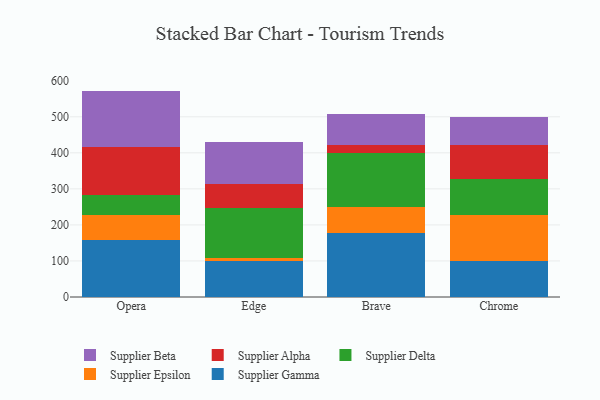
{"axis": {"x": "Browser", "y": "Shipments"}, "legend": ["Supplier Alpha", "Supplier Beta", "Supplier Delta", "Supplier Epsilon", "Supplier Gamma"], "data": [{"x": "Opera", "y": 159.4, "type": "Supplier Gamma"}, {"x": "Opera", "y": 69.3, "type": "Supplier Epsilon"}, {"x": "Opera", "y": 54.5, "type": "Supplier Delta"}, {"x": "Opera", "y": 133.5, "type": "Supplier Alpha"}, {"x": "Opera", "y": 155.2, "type": "Supplier Beta"}, {"x": "Edge", "y": 100.1, "type": "Supplier Gamma"}, {"x": "Edge", "y": 9.1, "type": "Supplier Epsilon"}, {"x": "Edge", "y": 138.5, "type": "Supplier Delta"}, {"x": "Edge", "y": 64.9, "type": "Supplier Alpha"}, {"x": "Edge", "y": 116.5, "type": "Supplier Beta"}, {"x": "Brave", "y": 176.5, "type": "Supplier Gamma"}, {"x": "Brave", "y": 72.1, "type": "Supplier Epsilon"}, {"x": "Brave", "y": 149.7, "type": "Supplier Delta"}, {"x": "Brave", "y": 23.8, "type": "Supplier Alpha"}, {"x": "Brave", "y": 84.9, "type": "Supplier Beta"}, {"x": "Chrome", "y": 100.5, "type": "Supplier Gamma"}, {"x": "Chrome", "y": 126.7, "type": "Supplier Epsilon"}, {"x": "Chrome", "y": 98.9, "type": "Supplier Delta"}, {"x": "Chrome", "y": 95.2, "type": "Supplier Alpha"}, {"x": "Chrome", "y": 76.9, "type": "Supplier Beta"}]}